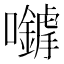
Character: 𡅈